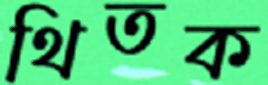
থিতক